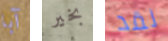
آبا بخير لقد